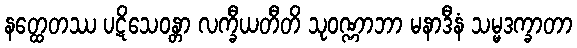
နတ္ထေတဿ ပဋိသေဝန္တာ လက္ခီယတီတိ သုဝဏ္ဏာဘာ မနာဒီနံ သမ္မဒက္ခာတာ